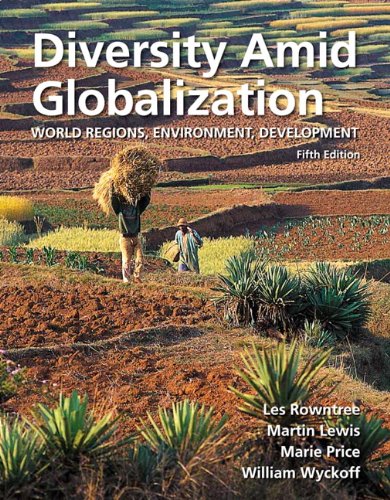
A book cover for Diversity Amid Globalization: World Regions, Environment, Development (5th Edition); Lester Rowntree; Science & Math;